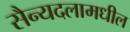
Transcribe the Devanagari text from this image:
सैन्यदलामधील